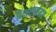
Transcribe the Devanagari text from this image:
बेअरर्सवर